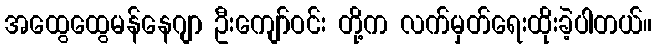
အထွေထွေမန်နေဂျာ ဦးကျော်ဝင်း တို့က လက်မှတ်ရေးထိုးခဲ့ပါတယ်။